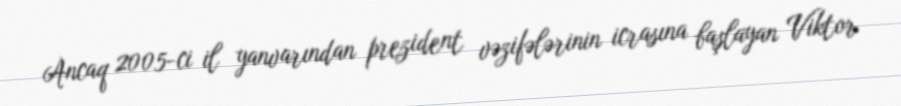
Ancaq 2005-ci il yanvarından prezident vəzifələrinin icrasına başlayan Viktor